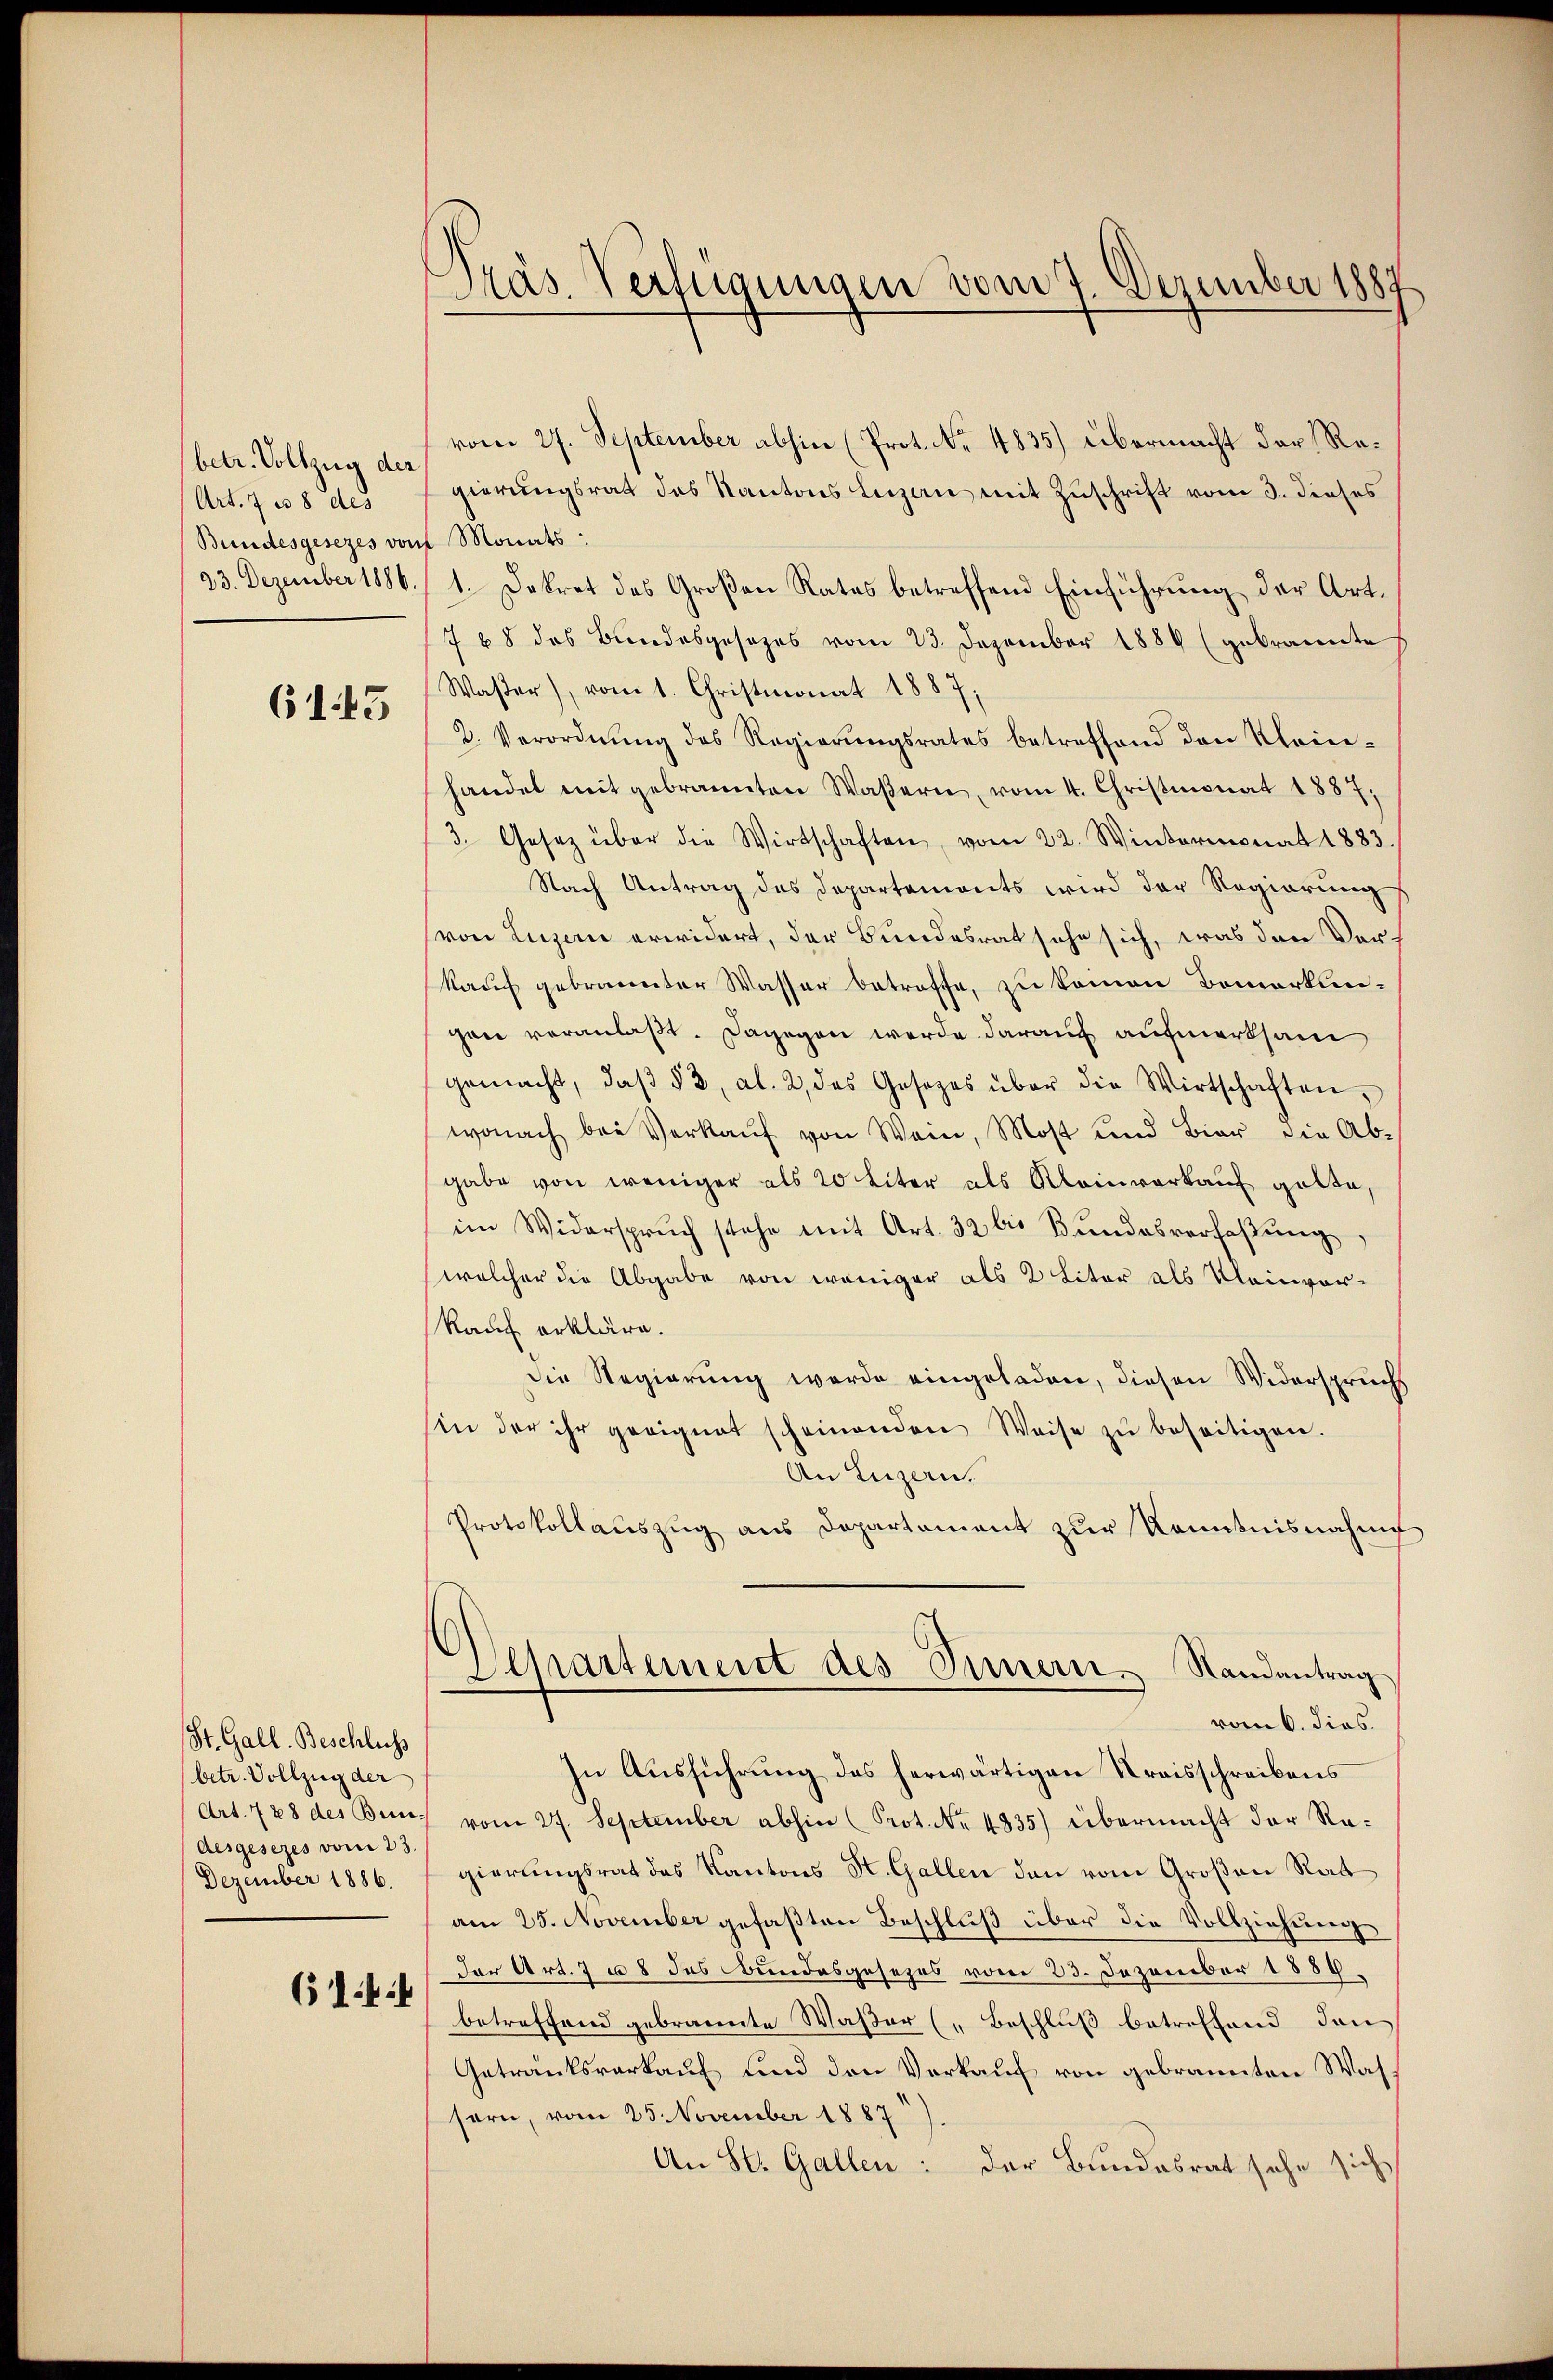
betr. Vollzug der
(Art. 7 us 8 des
Bundesgesezes vor
23. Dezember 1886.

61. 43

St. Gall. Beschluss
(betr. Vollzug der
desgesezes vom 23.
Dezember 1886.

61. 44

Präs. Verfügungen vom 7. Dezember 1887

vom 27. September abhin (Prot. No. 4835) übermacht der Regierungsrat des Kantons Luzan mit Zuschrift vom 3. dieses
e Monats:
1. Dekret des Großen Rates betreffend Einführung der Art.
7 68 des Bundesgesetzes vom 23. Dezember 1884 (gebrannte
Waßer), vom 1. Christmonat 1887,
2. Verordnung des Regierungsrates betreffend den Klein-
handel mit gebrannten Wasern, vom 4. Christmonat 1887,
3. Gesetz über die Wirtschaften, vom 22. Wintermonat 1883.
Nach Antrag des Departemonts wird der Regierung
von Luzern erwidert, der Bundesrat sehe sich, was den Ver-
kauf gebrannter Wasser betroffe, zu keinen Bemerkungen veranlaßt. Dagegen werde darauf aufmerksam
gemacht, daβ § 3, Al. 2 des Gesezes über die Wirtschaften,
wonach bei Verkauf von Wein, Most und Bier die Abgabe von weniger als 20 liter als Kleinverkauf gelte,
im Widerspruch stehe mit Art. 32 bis Bŭndesverfaβŭng
welcher die Abgabe von weniger als 2 Liter als Kleinvor-
kauf erkläre.
Die Regierung werde eingeladen, diesen Widerspruchs
sin der ihr geeignet scheinenden Weise zŭ beseitigen.
An Luzern.
Protokollaŭszŭg ans Departement zur Kenntnisnahme
Separtement des Innern. Randantrag
vom 6. dies
In Ausführung des herwärtigen Kreisschreibens
Art. 728 des Bunz vom 24. September abhin (Prot. No 4835) übermacht der Ragierungsrat des Kantons St. Gallen den vom Großen Rat
am 25. November gefaßten Beschluß über die Vollziehung
der Art. 7 u. 8 des Bundesgesezes vom 23. Dezember 1889.
betreffend gebrannte Waßer (Beschluß betreffend den
Getränksverkauf und den Verkauf von gebrannten Wassern, vom 25. November 1887
An St. Gallen:
der Bundesrat sehe sich